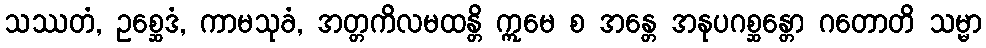
သဿတံ, ဥစ္ဆေဒံ, ကာမသုခံ, အတ္တကိလမထန္တိ ဣမေ စ အန္တေ အနုပဂစ္ဆန္တော ဂတောတိ သမ္မာ